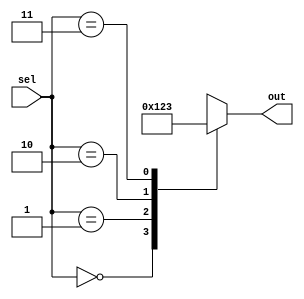
module case_statement_example (
    input wire [1:0] sel,
    output reg [3:0] out
);

always @* begin
    case(sel)
        2'b00: out = 4'b0000;
        2'b01: out = 4'b0001;
        2'b10: out = 4'b0010;
        2'b11: out = 4'b0011;
        default: out = 4'bxxxx; // Default case for invalid inputs
    endcase
end

endmodule